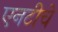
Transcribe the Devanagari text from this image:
एनटीचे